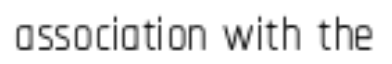
association with the